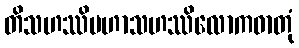
တိသဟဿိမဟာသဟဿိလောကဓာတုံ